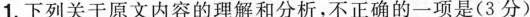
1.下列关于原文内容的理解和分析，不正确的-一项是(3分）